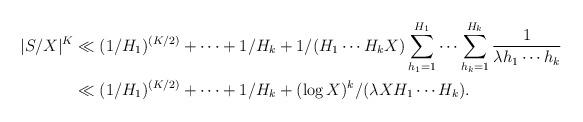
LaTeX: \begin{align*}| S / X |^K &\ll ( 1/H_1)^{(K/2)} + \cdots + 1/H_k + 1/ ( H_1 \cdots H_k X ) \sum_{h_1=1}^{H_1} \cdots \sum_{h_k=1}^{H_k} \frac{1}{\lambda h_1 \cdots h_k} \\ &\ll (1/H_1)^{(K/2)} + \cdots + 1/ H_k + ( \log X )^k /( \lambda X H_1 \cdots H_k).\end{align*}